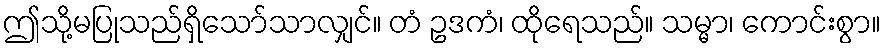
ဤသို့မပြုသည်ရှိသော်သာလျှင်။ တံ ဥဒကံ၊ ထိုရေသည်။ သမ္မာ၊ ကောင်းစွာ။